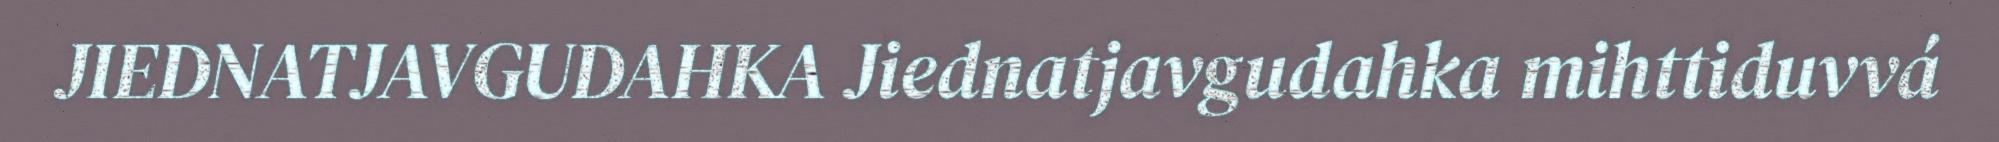
JIEDNATJAVGUDAHKA Jiednatjavgudahka mihttiduvvá